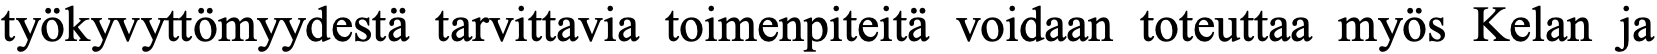
työkyvyttömyydestä tarvittavia toimenpiteitä voidaan toteuttaa myös Kelan ja